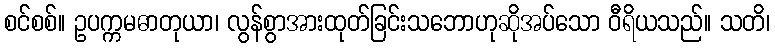
စင်စစ်။ ဥပက္ကမဓာတုယာ၊ လွန်စွာအားထုတ်ခြင်းသဘောဟုဆိုအပ်သော ဝီရိယသည်။ သတိ၊